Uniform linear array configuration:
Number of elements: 12
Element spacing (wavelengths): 1
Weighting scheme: binomial
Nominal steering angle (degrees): -60
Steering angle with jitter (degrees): -60.935
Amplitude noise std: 0.05
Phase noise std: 0.05

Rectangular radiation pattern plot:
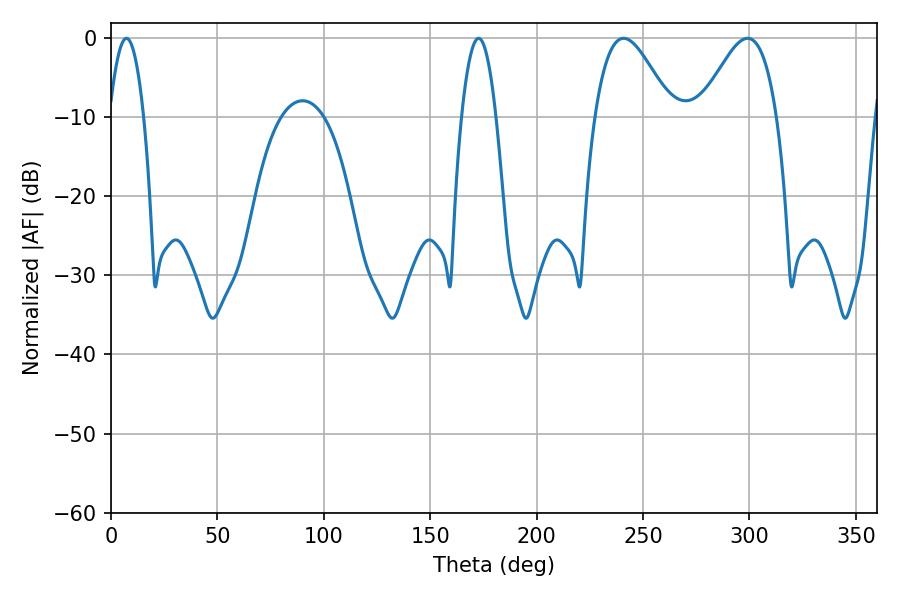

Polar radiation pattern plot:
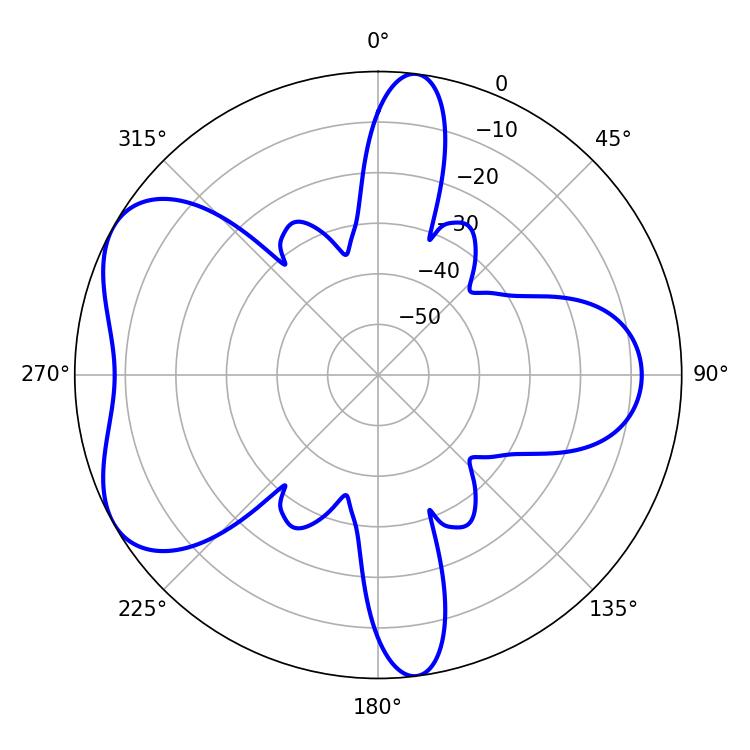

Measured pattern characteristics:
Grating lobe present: TRUE
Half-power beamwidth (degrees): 19.26
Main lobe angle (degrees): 240.84